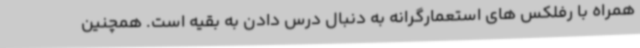
همراه با رفلکس های استعمارگرانه به دنبال درس دادن به بقیه است. همچنین